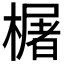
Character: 𬄫